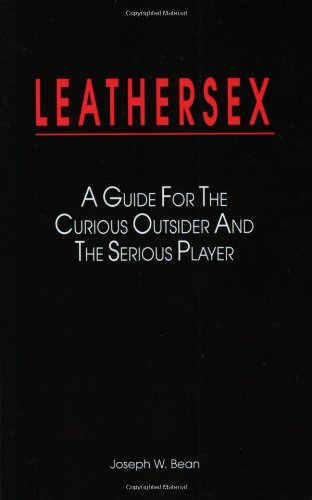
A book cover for Leathersex; Joseph W. Bean; Gay & Lesbian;